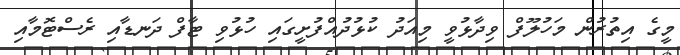
މީގެ އިތުރުން މަހުލޫފް ވިދާޅުވީ މިއަދު ކުޅުދުއްފުށީގައި ހުޅުވި ޓާފް ދަނޑާއި ރެސްޓޮމާއި